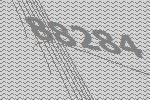
88284